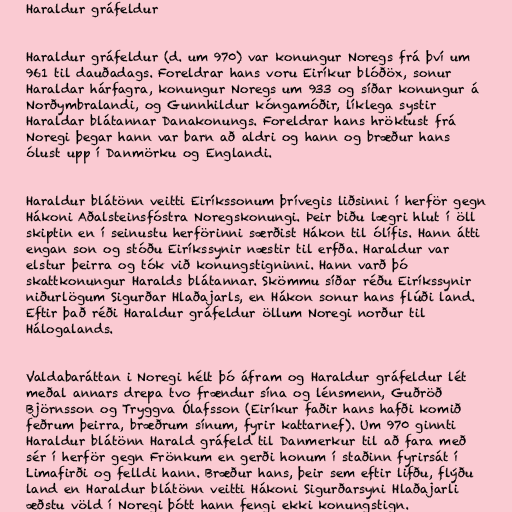
Haraldur gráfeldur

Haraldur gráfeldur (d. um 970) var konungur Noregs frá því um
961 til dauðadags. Foreldrar hans voru Eiríkur blóðöx, sonur
Haraldar hárfagra, konungur Noregs um 933 og síðar konungur á
Norðymbralandi, og Gunnhildur kóngamóðir, líklega systir
Haraldar blátannar Danakonungs. Foreldrar hans hröktust frá
Noregi þegar hann var barn að aldri og hann og bræður hans
ólust upp í Danmörku og Englandi.

Haraldur blátönn veitti Eiríkssonum þrívegis liðsinni í herför gegn
Hákoni Aðalsteinsfóstra Noregskonungi. Þeir biðu lægri hlut í öll
skiptin en í seinustu herförinni særðist Hákon til ólífis. Hann átti
engan son og stóðu Eiríkssynir næstir til erfða. Haraldur var
elstur þeirra og tók við konungstigninni. Hann varð þó
skattkonungur Haralds blátannar. Skömmu síðar réðu Eiríkssynir
niðurlögum Sigurðar Hlaðajarls, en Hákon sonur hans flúði land.
Eftir það réði Haraldur gráfeldur öllum Noregi norður til
Hálogalands.

Valdabaráttan i Noregi hélt þó áfram og Haraldur gráfeldur lét
meðal annars drepa tvo frændur sína og lénsmenn, Guðröð
Björnsson og Tryggva Ólafsson (Eiríkur faðir hans hafði komið
feðrum þeirra, bræðrum sínum, fyrir kattarnef). Um 970 ginnti
Haraldur blátönn Harald gráfeld til Danmerkur til að fara með
sér í herför gegn Frönkum en gerði honum í staðinn fyrirsát í
Limafirði og felldi hann. Bræður hans, þeir sem eftir lifðu, flýðu
land en Haraldur blátönn veitti Hákoni Sigurðarsyni Hlaðajarli
æðstu völd í Noregi þótt hann fengi ekki konungstign.